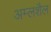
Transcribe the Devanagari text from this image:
अम्लशैल